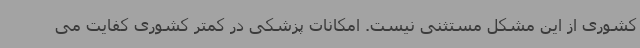
کشوری از این مشکل مستثنی نیست. امکانات پزشکی در کمتر کشوری کفایت می